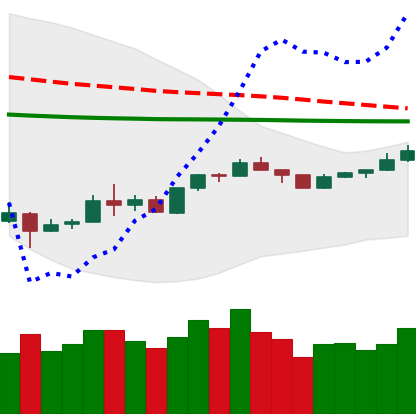
Ticker: XMR-USD
Chart end date: 2020-04-03
Forward return: 8.692%
Label: up_7plus